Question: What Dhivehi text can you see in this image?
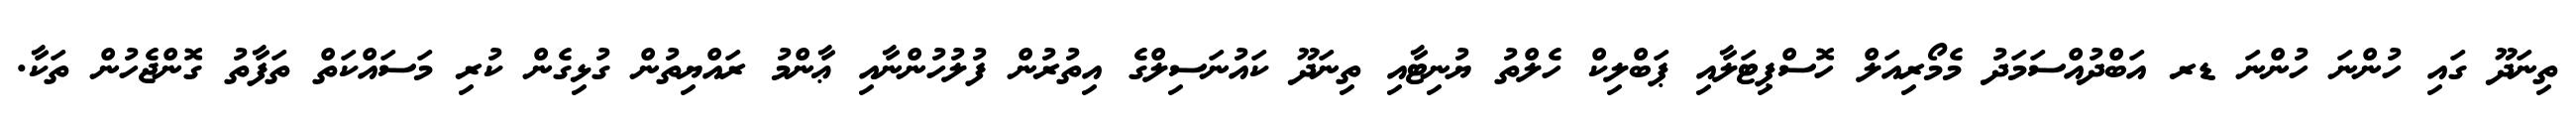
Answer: ތިނަދޫ ގައި ހުންނަ ހުންނަ ޑރ އަބްދުއްސަމަދު މެމޯރިއަލް ހޮސްޕިޓަލާއި ޕަބްލިކް ހެލްތު ޔުނިޓާއި ތިނަދޫ ކައުނަސިލްގެ އިތުރުން ފުލުހުންނާއި ޢާންމު ރައްޔިތުން ގުޅިގެން ކުރި މަސައްކަތް ތަފާތު ގޮންޖެހުން ތަކާ.